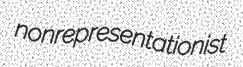
nonrepresentationist